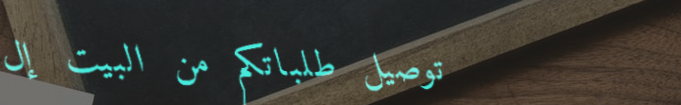
توصيل طلباتكم من البيت إل